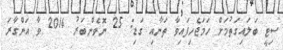
ސިޓީ ބަލައިގަތުމަށް ހަމަޖެހިފައިވާ ތަނާއި ގަޑި: 25 ނޮވެންބަރު 2014 ވާ އަންގާރަ